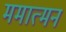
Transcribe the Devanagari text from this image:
ममात्मन